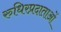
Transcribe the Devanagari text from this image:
रुधिरप्रदाताओं